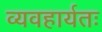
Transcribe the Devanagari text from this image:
व्यवहार्यतः